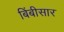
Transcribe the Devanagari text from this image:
बिंबीसार